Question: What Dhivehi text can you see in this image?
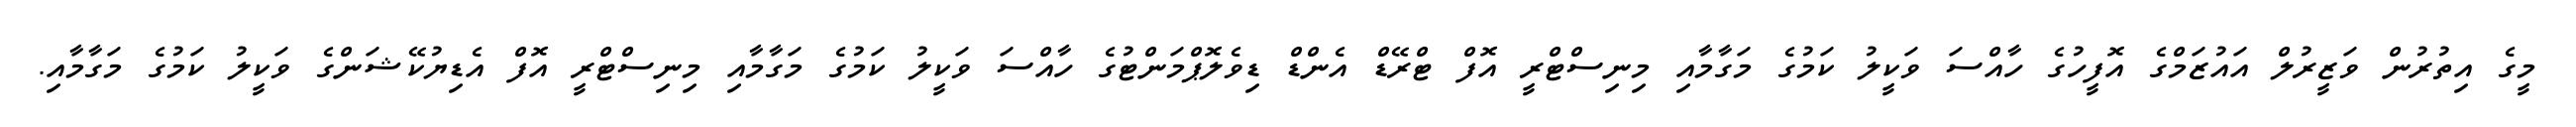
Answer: މީގެ އިތުރުން ވަޒީރުލް އައުޒަމްގެ އޮފީހުގެ ހާއްސަ ވަކީލު ކަމުގެ މަގާމާއި މިނިސްޓްރީ އޮފް ޓްރޭޑް އެންޑް ޑިވެލޮޕްމަންޓުގެ ހާއްސަ ވަކީލު ކަމުގެ މަގާމާއި މިނިސްޓްރީ އޮފް އެޑިޔުކޭޝަންގެ ވަކީލު ކަމުގެ މަގާމާއި.